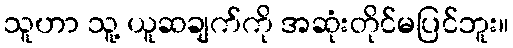
သူဟာ သူ့ ယူဆချက်ကို အဆုံးတိုင်မပြင်ဘူး။